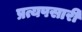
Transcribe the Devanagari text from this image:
प्रत्यपसारी